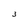
Character: 3